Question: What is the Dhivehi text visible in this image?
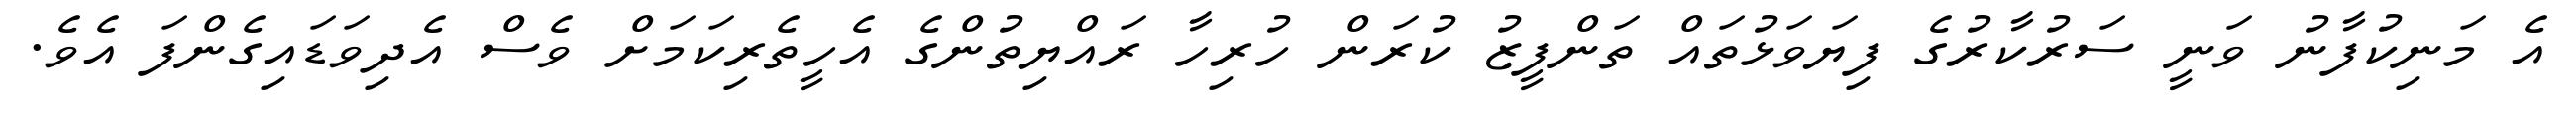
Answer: އެ މަނިކުފާނު ވަނީ ސަރުކާރުގެ ފިޔަވަޅުތައް ތަންފީޒު ކުރަން ހުރިހާ ރައްޔިތުންގެ އެހީތެރިކަމަށް ވެސް އެދިވަޑައިގެންފަ އެވެ.